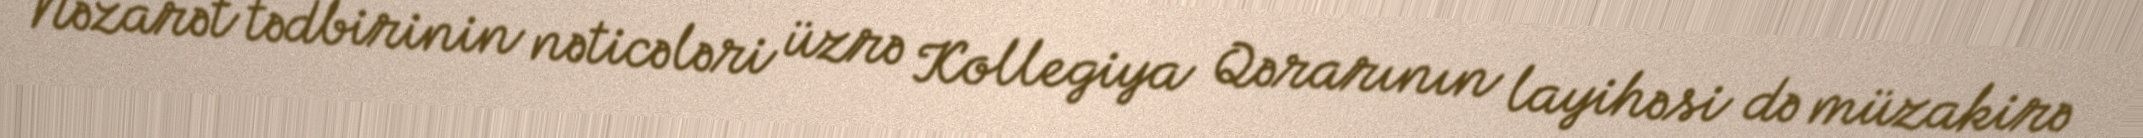
Nəzarət tədbirinin nəticələri üzrə Kollegiya Qərarının layihəsi də müzakirə